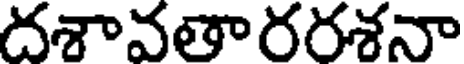
దశావతారరశనా